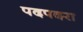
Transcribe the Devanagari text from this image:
पदपदरा